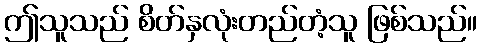
ဤသူသည် စိတ်နှလုံးတည်တံ့သူ ဖြစ်သည်။